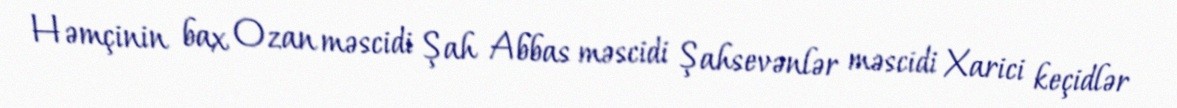
Həmçinin bax Ozan məscidi Şah Abbas məscidi Şahsevənlər məscidi Xarici keçidlər